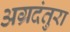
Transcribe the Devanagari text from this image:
अग्रदंतुरा